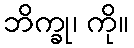
ဘိက္ခု၊ ကို။